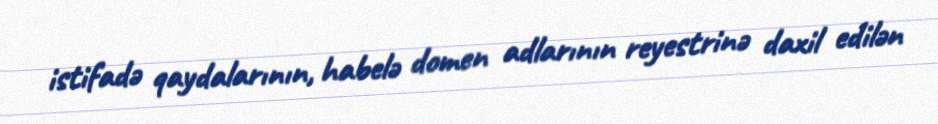
istifadə qaydalarının, habelə domen adlarının reyestrinə daxil edilən